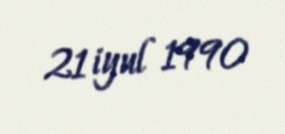
21 iyul 1990